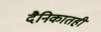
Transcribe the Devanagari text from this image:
दैनिकातही